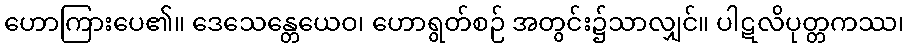
ဟောကြားပေ၏။ ဒေသေန္တေယေဝ၊ ဟောရွတ်စဉ် အတွင်း၌သာလျှင်။ ပါဋလိပုတ္တကဿ၊